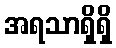
အရသာရှိရှိ